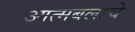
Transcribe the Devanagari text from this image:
आत्मबलाचे